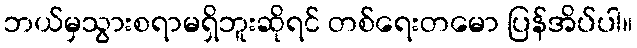
ဘယ်မှသွားစရာမရှိဘူးဆိုရင် တစ်ရေးတမော ပြန်အိပ်ပါ။